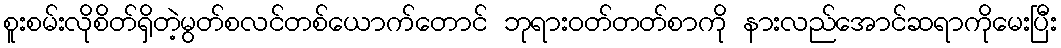
စူးစမ်းလိုစိတ်ရှိတဲ့မွတ်စလင်တစ်ယောက်တောင် ဘုရားဝတ်တတ်စာကို နားလည်အောင်ဆရာကိုမေးပြီး